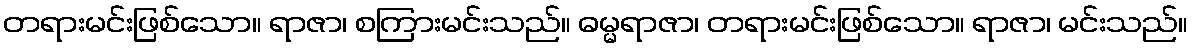
တရားမင်းဖြစ်သော။ ရာဇာ၊ စကြားမင်းသည်။ ဓမ္မရာဇာ၊ တရားမင်းဖြစ်သော။ ရာဇာ၊ မင်းသည်။